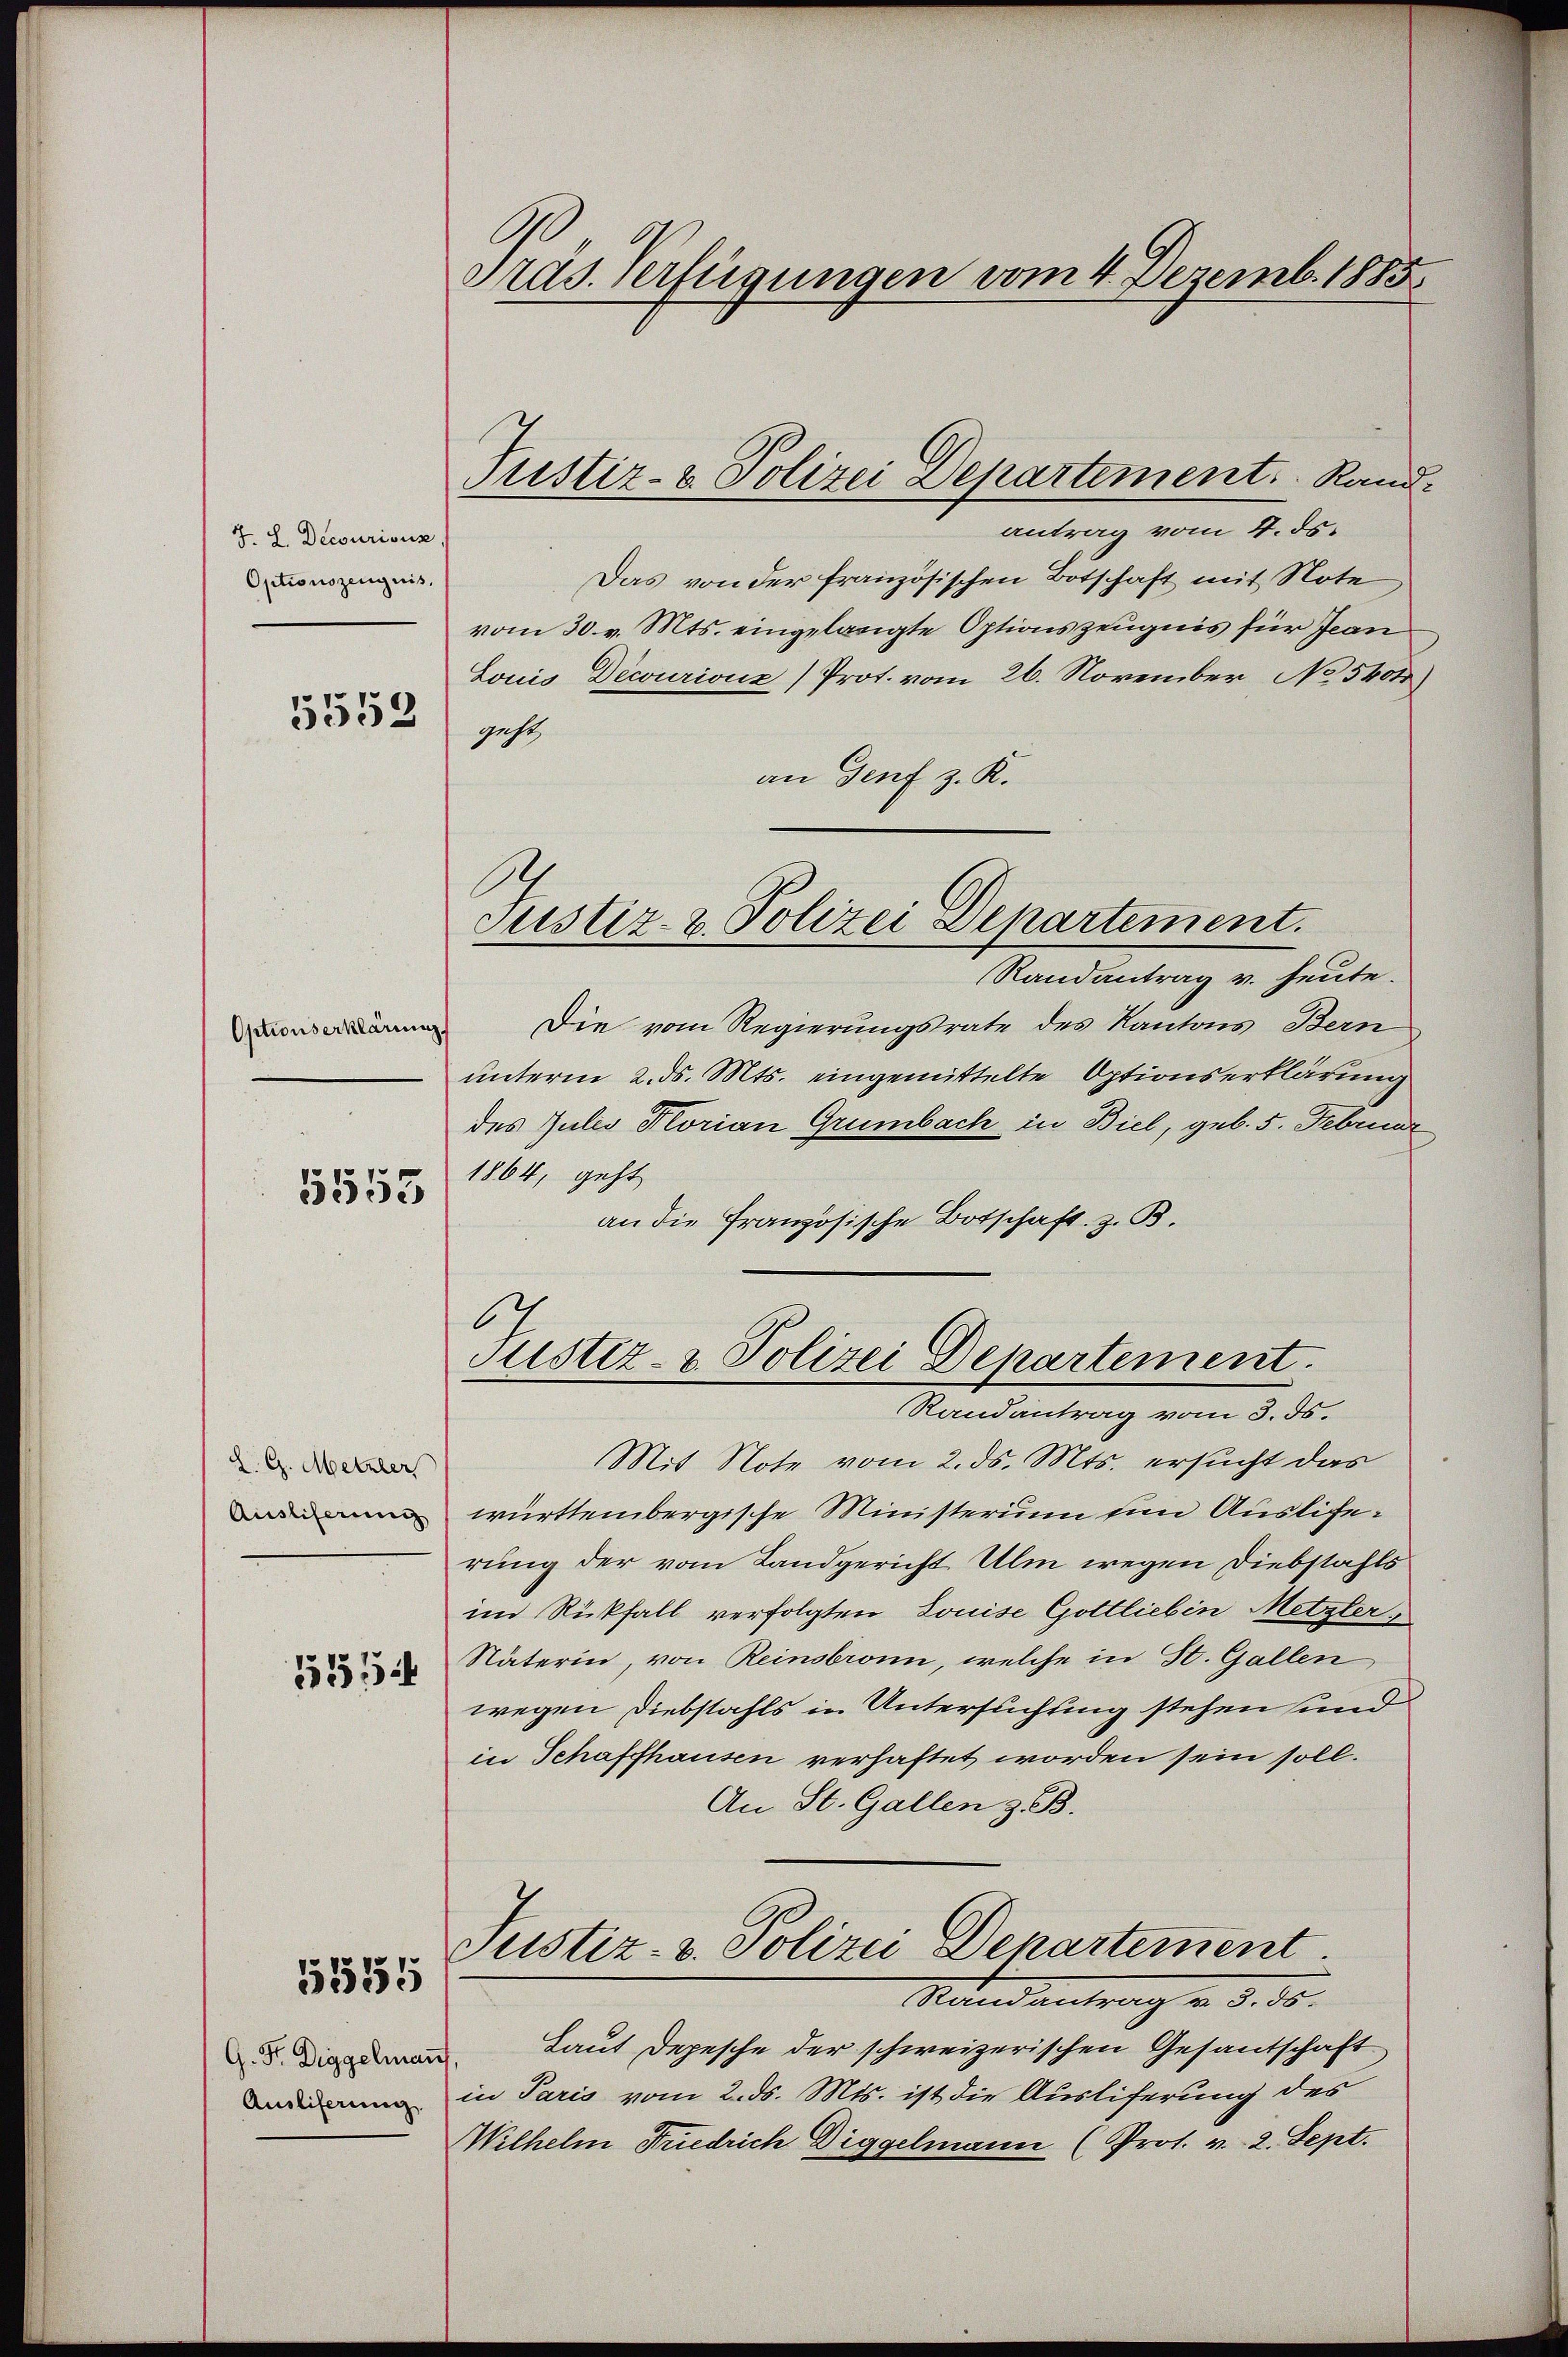
J. L. Decourisur,
Optionszeugnis,

5552

Optionserklärung

1553

L. G. Metzler
Auslieferung

1551

51555

G. Fr. Diggelman
Ausliferung

Präs. Verfügungen vom 4. Dezemb. 1885

Justiz- & Polizei Departement.   Rand.

6
Justiz- & Polizei Departement.

antrag vom 4. ds.
Das von der französischen Botschaft mit Note
vom 30. v. Mts. eingelangte Optionszeugnis für Jean
Louis Decourionz) Prot. vom 26. November No 540
geht,
an Genf z. K.
Randantrag v. heute.
Die vom Regierungsrate des Kantons Bern
unterm 2. ds. Mts. eingemittelte Optionserklärung
des Julis Florian Grumbach in Biel, geb. 5. Februar
1864, geht
an die Französische Botschaft z. B.
Justiz- & Polizei Departement.
Randantrag vom 3. ds.
Mit Note vom 2. ds. Mts. ersucht das
württembergische Ministerium um Auslierung der vom Landgericht Ulm wegen Diebstahls
im Rückfall verfolgten Louise Gottlieben Metzler,
Näterin, von Reinsbronn, welche in St. Gallen
wegen Diebstahls in Untersuchung stehen und
in Schaffhausen verhaftet worden sein soll.
An St. Gallen z. B.
Justiz- & Polizei Departement.
Randantrag v. d. d.
Laut Depesche der schweizerischen Gesandschaft
in Paris vom 2. ds. Mts. ist die Ausliferung des
Wilhelm Friedrich Diggelmann (Pros. v. 2. Sept.